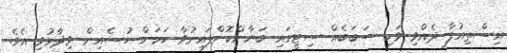
އިސްތިއުފާ ދެއްވި ވަކި ސަބަބެއް ސިޓީގައި ބަޔާންކޮށްފައިނުވާ ކަމަށް ހުސެއިން ވިދާޅުވި އެވެ.